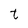
Character: t